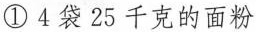
①4袋25千克的面粉